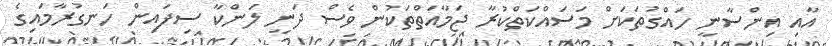
އާއި އިންސާނީ ހައްގުތަކަށް މަސައްކަތްކުރާ ޖަމާއަތްތަކުން ވެސް ދަނީ ލަންކާ ސިފައިން ހަނގުރާމައިގެ